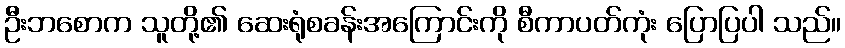
ဦးဘစောက သူတို့၏ ဆေးရုံစခန်းအကြောင်းကို စီကာပတ်ကုံး ပြောပြပါ သည်။